Lunatic asylums in Bengal annual reports 1888-1898 - 1888-1898
Year: 1888
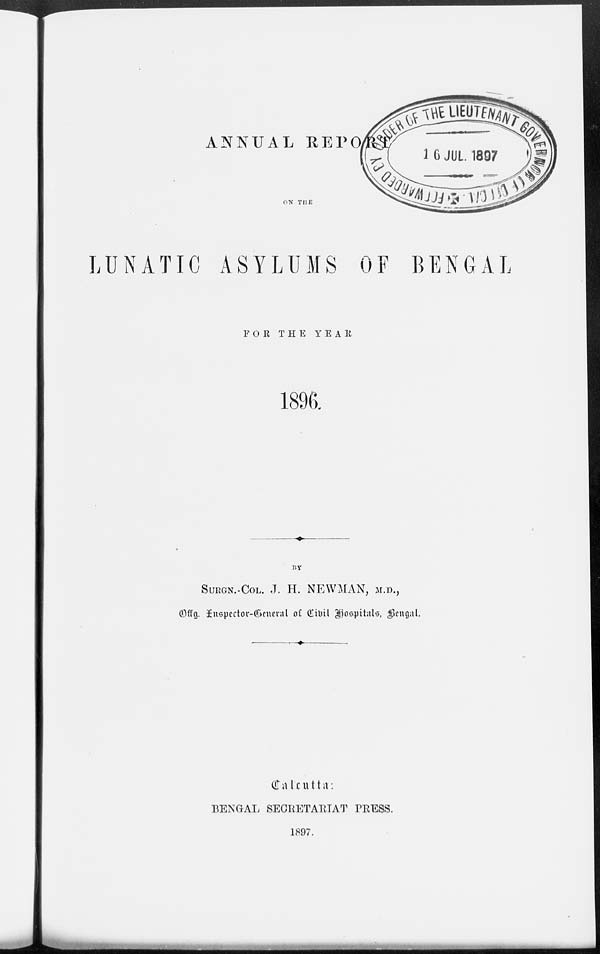
ANNUAL REPORT
ON THE
LUNATIC ASYLUMS OF BENGAL
FOR THE
YEAR
1896.
BY
SURGN.-COL. J. H. NEWMAN, M.D.,
Offg. Inspector-General of Civil hospitals, Bengal.
Calcutta:
BENGAL SECRETARIAT PRESS.
1897.